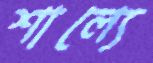
শাল্যে